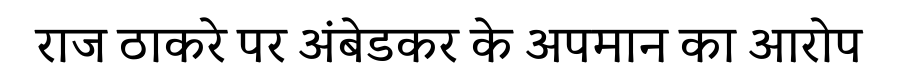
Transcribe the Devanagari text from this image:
राज ठाकरे पर अंबेडकर के अपमान का आरोप